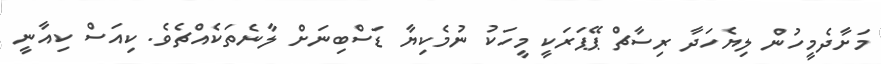
މަށާދެމީހުން ލިޔެހަދާ ރިސާޗް ޕޭޕަރަކީ މީހަކު ނުމެކިޔާ ޑަސްބިނަށް ލާނެތަކެއްޗެވެ. ކިއަސް ކިއާނީ